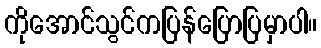
ကိုအောင်သွင်ကပြန်ပြောပြမှာပါ။